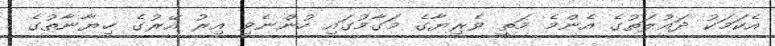
އެކަމަކު ދައުލަތުގެ އެންމެ މަތީ ވެރިޔާގެ މަގާމުގައި ހުންނެވި އިރު އޭރުގެ ޚިޔާނާތުގެ